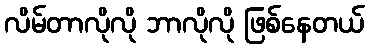
လိမ်တာလိုလို ဘာလိုလို ဖြစ်နေတယ်